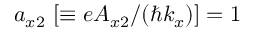
a _ { x 2 } ~ [ \equiv e A _ { x 2 } / ( \hbar k _ { x } ) ] = 1